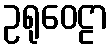
ဥရုဝေဠာ